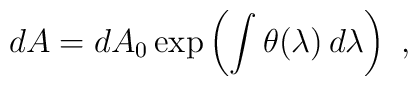
dA=dA_0 \exp\left(\int \theta(\lambda) \, d\lambda\right) \ ,